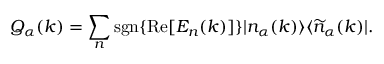
{ \cal Q } _ { \alpha } ( k ) = \sum _ { n } \mathrm { s g n } \{ \mathrm { R e } [ E _ { n } ( k ) ] \} | n _ { \alpha } ( k ) \rangle \langle \widetilde { n } _ { \alpha } ( k ) | .